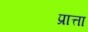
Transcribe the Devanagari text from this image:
प्रात्ता